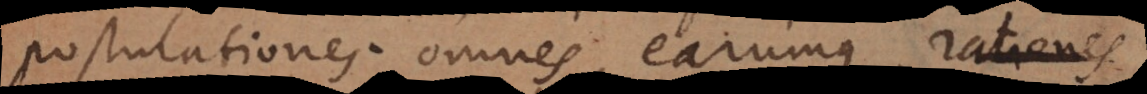
postulationes omnes, earumque rationes